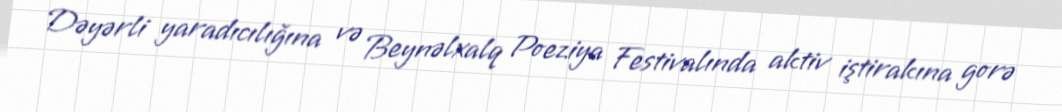
Dəyərli yaradıcılığına və Beynəlxalq Poeziya Festivalında aktiv iştirakına gorə